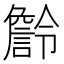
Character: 𧫹